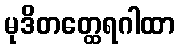
မုဒိတတ္ထေရဂါထာ